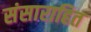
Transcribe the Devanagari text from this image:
संसाराहित